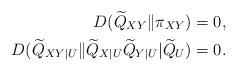
LaTeX: \begin{align*}D(\widetilde{Q}_{XY}\|\pi_{XY}) & =0,\\D(\widetilde{Q}_{XY|U}\|\widetilde{Q}_{X|U}\widetilde{Q}_{Y|U}|\widetilde{Q}_{U}) & =0.\end{align*}